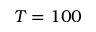
T = 1 0 0